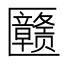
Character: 𱑉